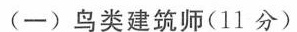
(一)鸟类建筑师(11分)